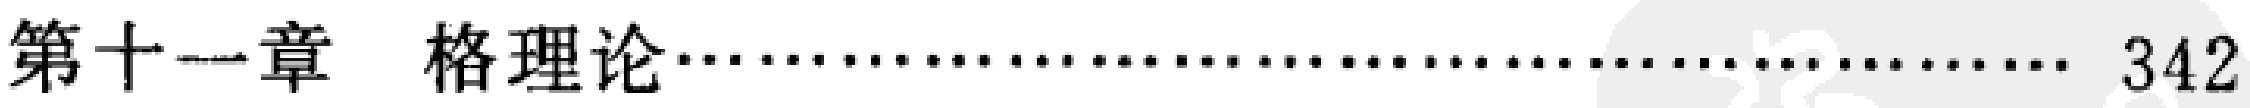
第十一章 格理论\dotfill 342